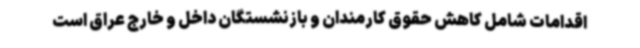
اقدامات شامل کاهش حقوق کارمندان و بازنشستگان داخل و خارج عراق است